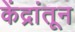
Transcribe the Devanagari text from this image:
केंद्रांतून